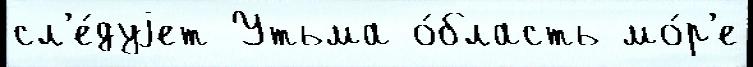
сл'е́дуjет Утьма о́бласть мо́р'е